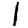
Digit: 1